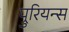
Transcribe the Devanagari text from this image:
प्रुरियन्स